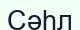
Сәһл